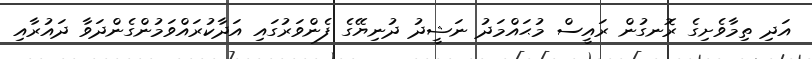
އަދި ތިމާވެށިގެ ރޮނގުން ރައީސް މުޙައްމަދު ނަޝީދު ދުނިޔޭގެ ފެންވަރުގައި އަދާކުރައްވަމުންގެންދަވާ ދައުރާއި